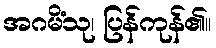
အဂမိံသု၊ ပြန်ကုန်၏။